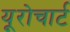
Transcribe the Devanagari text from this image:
यूरोचार्ट